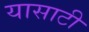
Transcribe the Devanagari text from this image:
यासाटी